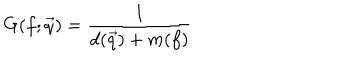
G ( f ; \vec { q } ) = \frac { 1 } { d ( \vec { q } ) + m ( f ) }